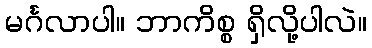
မင်္ဂလာပါ။ ဘာကိစ္စ ရှိလို့ပါလဲ။